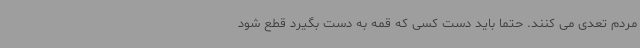
مردم تعدی می کنند. حتماً باید دست کسی که قمه به دست بگیرد قطع شود